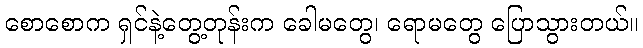
စောစောက ရှင်နဲ့တွေ့တုန်းက ခေါမတွေ၊ ရောမတွေ ပြောသွားတယ်။